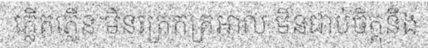
ភ្លើតភ្លើន មិនត្រេកត្រអាល មិនជាប់ចិត្តនឹង